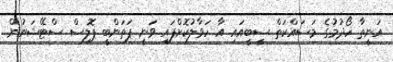
އަނީތާ ހޯދުމުގެ މަސައްކަތް ސީބީއައި އާ ހަވާލުކޮށްފައި ވަނީ ޕަތަންބީ ޕޮލިސް ސްޓޭޝަނުން